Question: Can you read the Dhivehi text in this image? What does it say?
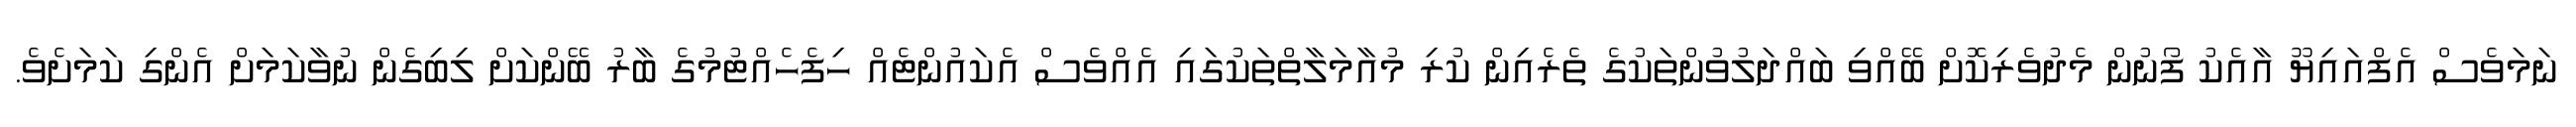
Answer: ނަމަވެސް އެފްއައިޔޫ އާއެކު ފޯނުން މެދުވެރިކޮށް ބޭއްވި ބައްދަލުވުންތަކުގެ ތެރެއިން ކުރި މުއާމަލާތްތަކުގައި އެއްވެސް އެކައުންޓެއް ހިފެހެއްޓުމުގެ ބާރު ބޭންކަށް ލިބިގެން ނުވާކަމަށް އެންގި ކަމަށެވެ.